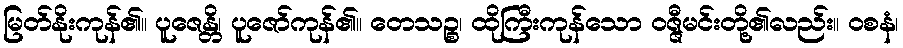
မြတ်နိုးကုန်၏။ ပူဇေန္တိ၊ ပူဇော်ကုန်၏။ တေသဉ္စ၊ ထိုကြီးကုန်သော ဝဇ္ဇီမင်းတို့၏လည်း။ ဝစနံ၊